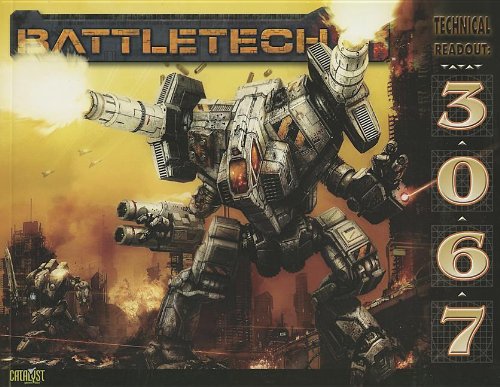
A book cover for Battletech Technical Readout 3067; Herbert Beas; Science Fiction & Fantasy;